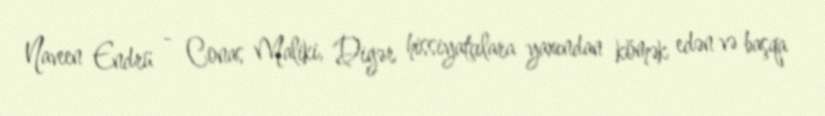
Naveen Endrü - Conas Maliki, Digər hissiyatçılara yaxından kömək edən və başqa